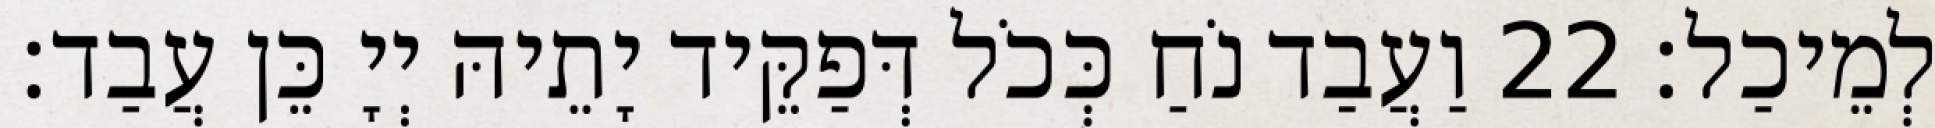
לְמֵיכַל׃ 22 וַעֲבַד נֹחַ כְּכֹל דְּפַקֵּיד יָתֵיהּ יְיָ כֵּן עֲבַד׃